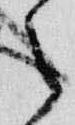
之